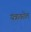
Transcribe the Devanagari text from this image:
यंत्रावरील